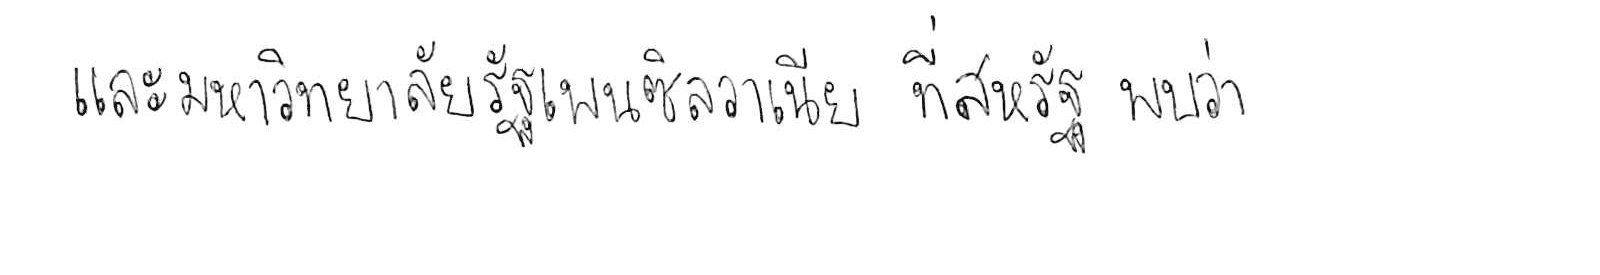
และมหาวิทยาลัยรัฐเพนซิลวาเนีย ที่สหรัฐ พบว่า